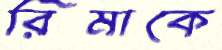
রিমাকে